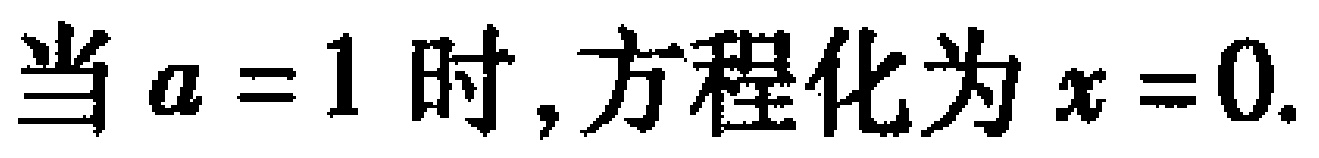
当 \(a = 1\) 时,方程化为 \(x = 0\). 对应的LaTeX格式为：当 \(a = 1\) 时，方程化为 \(x = 0\). （此内容本身较简单，直接呈现即可，无复杂数学符号转写）